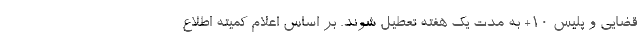
قضایی و پلیس ۱۰+ به مدت یک هفته تعطیل شوند. بر اساس اعلام کمیته اطلاع